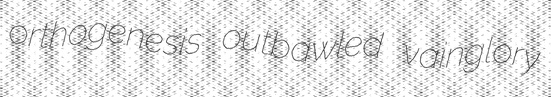
orthogenesis outbawled vainglory